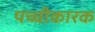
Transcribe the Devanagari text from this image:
पच्चीकारक